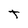
Character: T